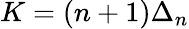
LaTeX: K=(n+1)\Delta_{n}